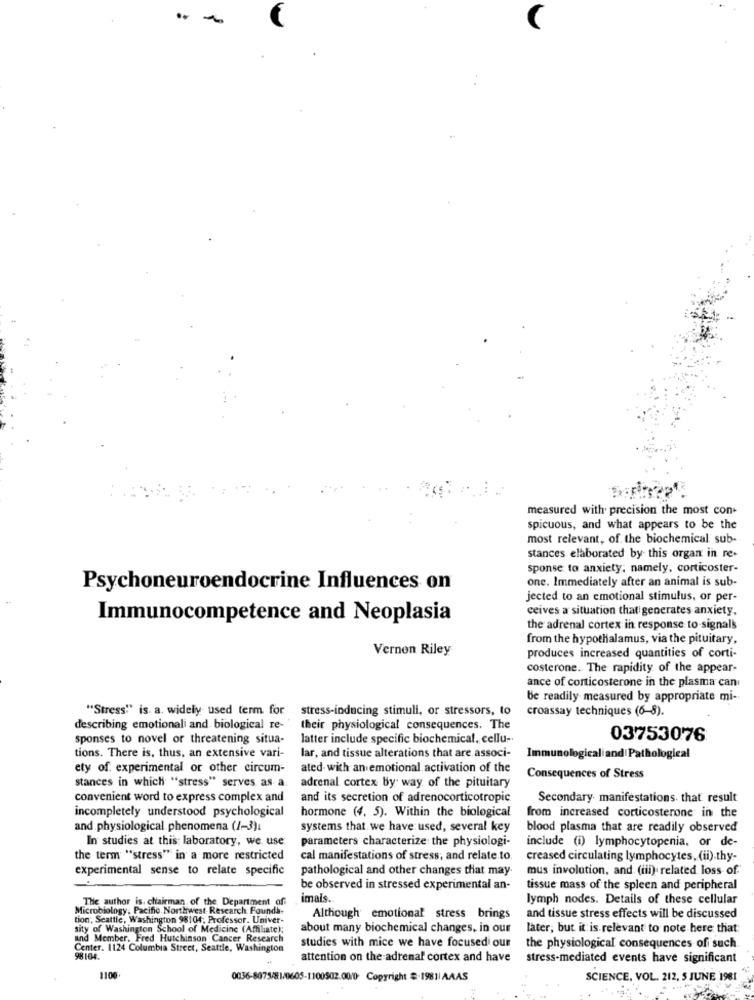
..
measured with precision the most con-
spicuous, and what appears to be the
most relevant, of the biochemical sub-
stances elaborated by this organ in re-
sponse to anxiety, namely, corticoster-
one. Immediately after an animal is sub-
Psychoneuroendocrine Influences on
jected to an emotional stimulus, or per-
ceives a situation thati generates anxiety.
Immunocompetence and Neoplasia
the adrenal cortex in response to signals
from the hypothalamus, via the pituitary,
Vernon Riley
produces increased quantities of corti-
costerone. The rapidity of the appear-
ance of corticosterone in the plasma can
be readily measured by appropriate mi-
"Stress" is. a. widely used term for stress-inducing stimuli, or stressors, to
croassay techniques (6-8).
describing emotionali and biological re-
their physiological consequences. The
sponses to novel or threatening situa-
latter include specific biochemical, cellu-
03753076
tions. There is, thus, an extensive vari-
lar, and tissue alterations that are associ-
Immunological and| Pathological
ety of experimental or other circum-
ated- with an emotional activation of the
stances in which "stress" serves as- a.
Consequences of Stress
adrenal cortex by way of the pituitary
convenient word to express complex and
and its secretion of adrenocorticotropic
Secondary manifestations that result
incompletely understood psychological
hormone (4, 5). Within the biological
from increased corticosterone in the
and physiological phenomena (1-3):
systems that we have used, several key
blood plasma that are readily observed
In studies at this: laboratory, we use
parameters characterize: the physiologi-
include (i) lymphocytopenia, or de-
the term "stress" in a more restricted
cal manifestations of stress; and relate to.
creased circulating lymphocytes, (ii).thy-
experimental sense to relate specific
pathological and other changes that may
mus involution, and. (iii) related loss of
be observed in stressed experimental an-
tissue mass of the spleen and peripheral
The author is, chairman of the Department of
imals.
lymph nodes. Details of these cellular
Microbiology, Pacific Northwest Research Founda-
tion, Seattle, Washington 98104, Professor. Univer-
Although emotional stress brings
and tissue stress effects will be discussed
sity of Washington School of Medicine (Affiliate);
about many biochemical changes, in our
later, but it is relevant to note here that:
and Member. Fred Hutchinson Cancer Research
studies with mice we have focused our
Center. 1124 Columbia Street, Seattle, Washington
the physiological consequences of such
98104.
attention on the adrenal cortex and have
stress-mediated events have significant
1100.
0036-8075/81/0605-1100502.00/0 Copyright &-1981| AAAS
SCIENCE, VOL. 212, 5 JUNE 1981